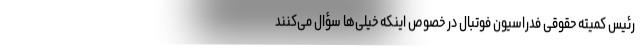
رئیس کمیته حقوقی فدراسیون فوتبال در خصوص اینکه خیلی‌ها سؤال می‌کنند